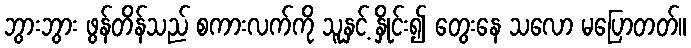
ဘွားဘွား ဖွန်တိန်သည် စကားလက်ကို သူနှင့် နှိုင်း၍ တွေးနေ သလော မပြောတတ်။